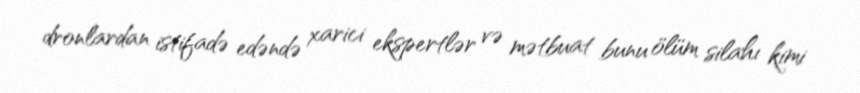
dronlardan istifadə edəndə xarici ekspertlər və mətbuat bunu ölüm silahı kimi